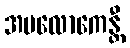
အပလောကေန္တီ